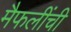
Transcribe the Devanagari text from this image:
मैफलींची